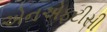
એનએફટીસી